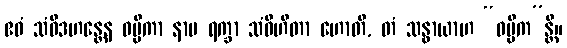
ဧဝံ သံဝိဒဟန္တေန ဓမ္မိကာ နာမ ရက္ခာ သံဝိဟိတာ ဟောတိ, တံ သန္ဓာယာဟ “ဓမ္မိက”န္တိ။